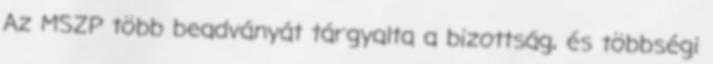
Az MSZP több beadványát tárgyalta a bizottság, és többségi